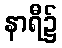
နာရီ၌